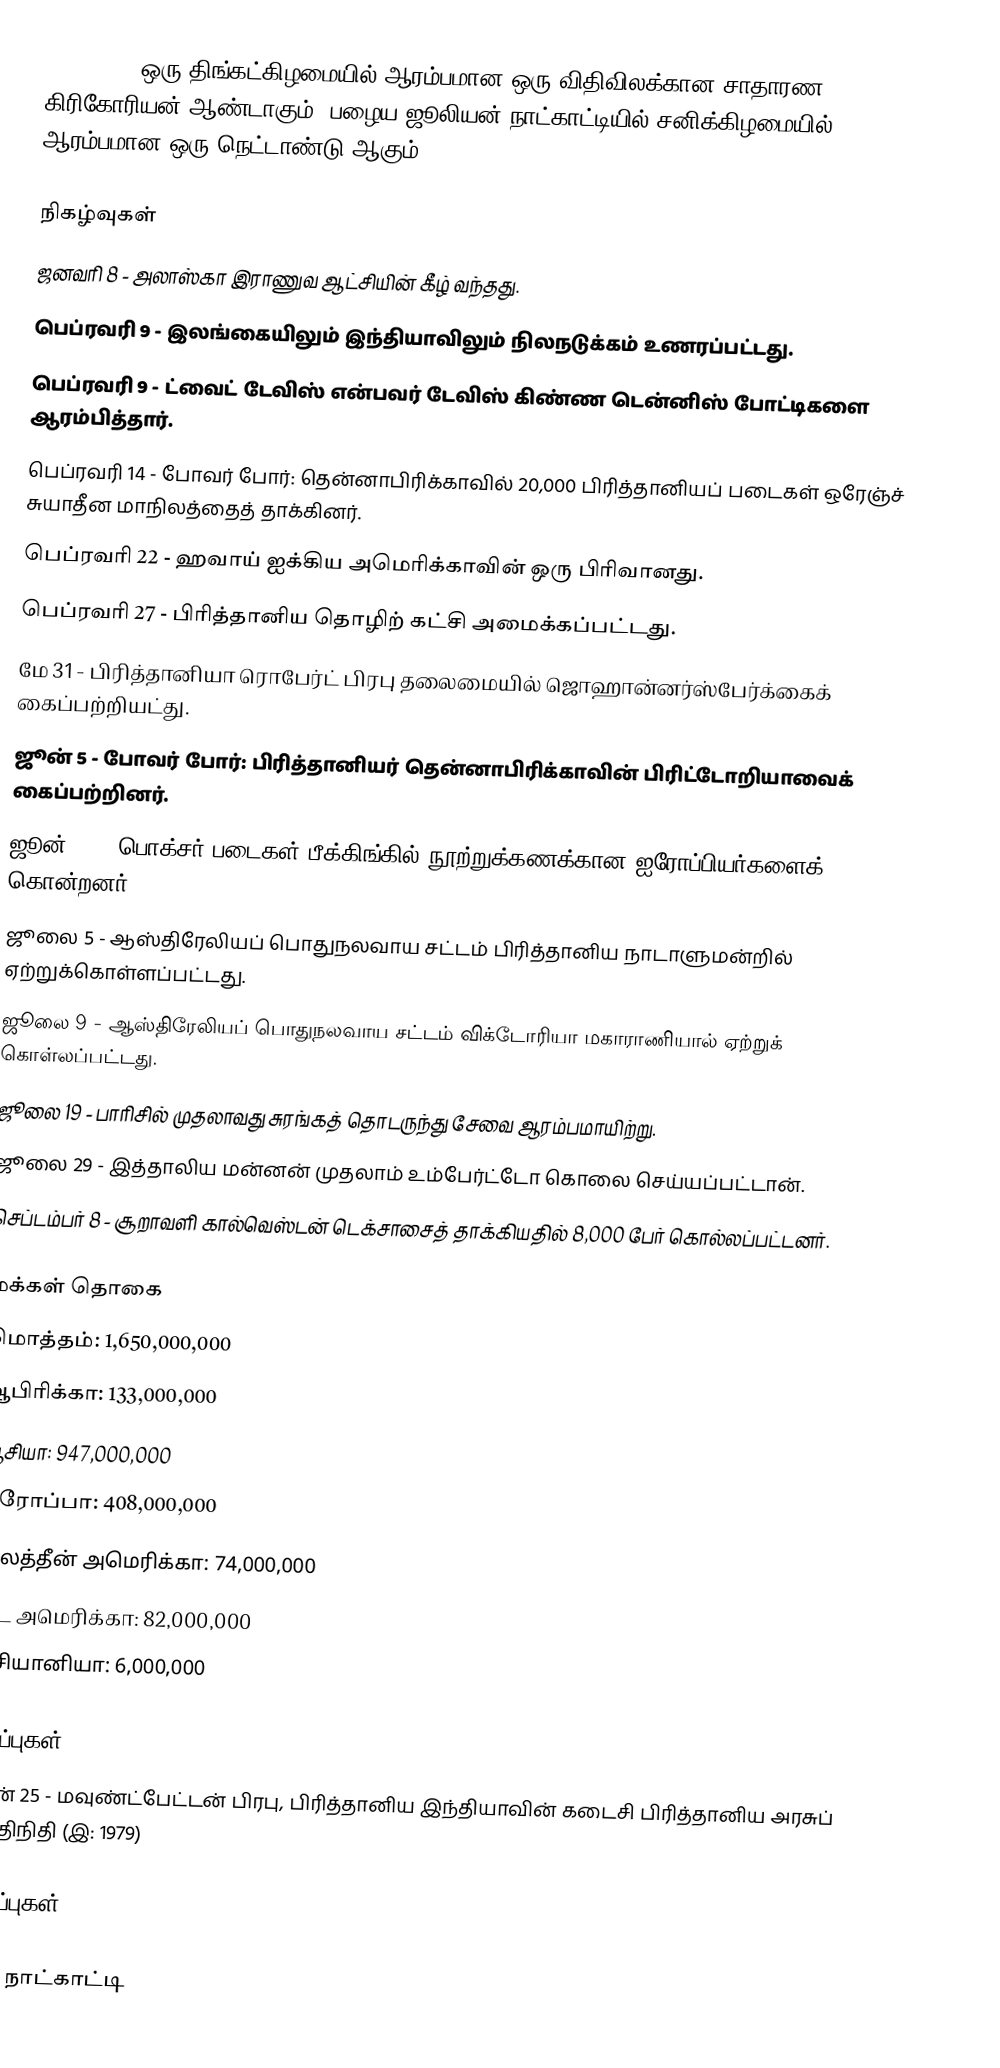
1900  (MCM) ஒரு திங்கட்கிழமையில் ஆரம்பமான ஒரு விதிவிலக்கான சாதாரண கிரிகோரியன் ஆண்டாகும். பழைய ஜூலியன் நாட்காட்டியில் சனிக்கிழமையில் ஆரம்பமான ஒரு நெட்டாண்டு ஆகும்.

நிகழ்வுகள்
 ஜனவரி 8 - அலாஸ்கா இராணுவ ஆட்சியின் கீழ் வந்தது.
 பெப்ரவரி 9 - இலங்கையிலும் இந்தியாவிலும் நிலநடுக்கம் உணரப்பட்டது.
 பெப்ரவரி 9 - ட்வைட் டேவிஸ் என்பவர் டேவிஸ் கிண்ண டென்னிஸ் போட்டிகளை ஆரம்பித்தார்.
 பெப்ரவரி 14 - போவர் போர்: தென்னாபிரிக்காவில் 20,000 பிரித்தானியப் படைகள் ஒரேஞ்ச் சுயாதீன மாநிலத்தைத் தாக்கினர்.
 பெப்ரவரி 22 - ஹவாய் ஐக்கிய அமெரிக்காவின் ஒரு பிரிவானது.
 பெப்ரவரி 27 - பிரித்தானிய தொழிற் கட்சி அமைக்கப்பட்டது.
 மே 31 - பிரித்தானியா ரொபேர்ட் பிரபு தலைமையில் ஜொஹான்னர்ஸ்பேர்க்கைக் கைப்பற்றியட்து.
 ஜூன் 5 - போவர் போர்: பிரித்தானியர் தென்னாபிரிக்காவின் பிரிட்டோறியாவைக் கைப்பற்றினர்.
 ஜூன் 20 - பொக்சர் படைகள் பீக்கிங்கில் நூற்றுக்கணக்கான ஐரோப்பியர்களைக் கொன்றனர்.
 ஜூலை 5 - ஆஸ்திரேலியப் பொதுநலவாய சட்டம் பிரித்தானிய நாடாளுமன்றில் ஏற்றுக்கொள்ளப்பட்டது.
 ஜூலை 9 - ஆஸ்திரேலியப் பொதுநலவாய சட்டம் விக்டோரியா மகாராணியால் ஏற்றுக் கொள்லப்பட்டது.
 ஜூலை 19 - பாரிசில் முதலாவது சுரங்கத் தொடருந்து சேவை ஆரம்பமாயிற்று.
 ஜூலை 29 - இத்தாலிய மன்னன் முதலாம் உம்பேர்ட்டோ கொலை செய்யப்பட்டான்.
 செப்டம்பர் 8 - சூறாவளி கால்வெஸ்டன் டெக்சாசைத் தாக்கியதில் 8,000 பேர் கொல்லப்பட்டனர்.

மக்கள் தொகை
 மொத்தம்: 1,650,000,000
 ஆபிரிக்கா: 133,000,000
  ஆசியா: 947,000,000
 ஐரோப்பா: 408,000,000
 இலத்தீன் அமெரிக்கா: 74,000,000
 வட அமெரிக்கா: 82,000,000
 ஓசியானியா: 6,000,000

பிறப்புகள்
 சூன் 25 - மவுண்ட்பேட்டன் பிரபு, பிரித்தானிய இந்தியாவின் கடைசி பிரித்தானிய அரசுப் பிரதிநிதி (இ: 1979)

இறப்புகள்

1900 நாட்காட்டி